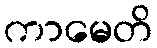
ကာမေတိ